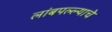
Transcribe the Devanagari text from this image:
लांबपल्ल्याचे